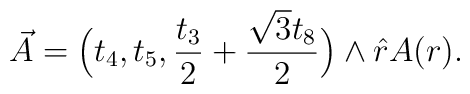
\vec{A}=  \Big( t_4,t_5,\frac{t_3} {2} + \frac{\sqrt{3} t_8}{2} \Big)   \wedge \hat{r} A(r).      \qquad